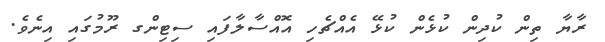
ރާޔާ ތިން ކުދިން ކުޅެން ކުޅޭ އެއްޗެހި އޮއްސާލާފައި ސިޓިންގ ރޫމުގައި އިނެވެ.